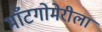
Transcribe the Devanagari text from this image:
माँटगोमेरीला